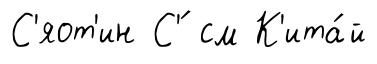
С'яот'ин С'́ см К'ита́й